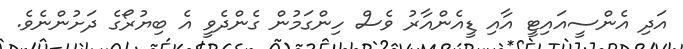
އަދި އެންސީއައިޓީ އާއި ޑީއެންއާރު ވެސް ހިންގަމުން ގެންދެވީ އެ ބިޔުރޯގެ ދަށުންނެވެ.